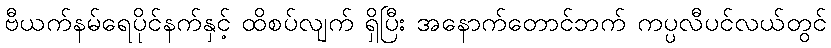
ဗီယက်နမ်ရေပိုင်နက်နှင့် ထိစပ်လျက် ရှိပြီး အနောက်တောင်ဘက် ကပ္ပလီပင်လယ်တွင်